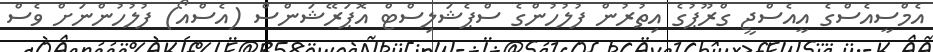
އެމްސީއެސްގެ އީއެސްޖީ ގްރޫޕުގެ އިތުރުން ފުލުހުންގެ ސްޕެޝަލިސްޓް އޮޕަރޭޝަންސް (އެސްއޯ) ފުލުހުންނަށް ވެސް